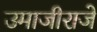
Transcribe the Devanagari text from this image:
उमाजीराजे